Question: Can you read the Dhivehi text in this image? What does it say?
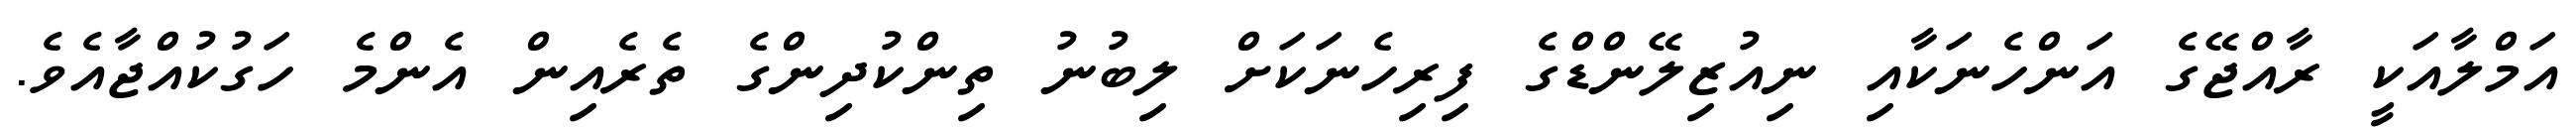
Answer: އަމްލާއަކީ ރާއްޖޭގެ އަންހެނަކާއި ނިއުޒިލޭންޑްގެ ފިރިހެނަކަށް ލިބުނު ތިންކުދިންގެ ތެރެއިން އެންމެ ހަގުކުއްޖާއެވެ.